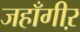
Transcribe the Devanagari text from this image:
जहाँगीऱ